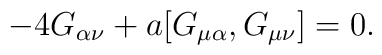
-4 G_{\alpha \nu } + a [ G_{\mu \alpha }, G_{\mu \nu } ] = 0.